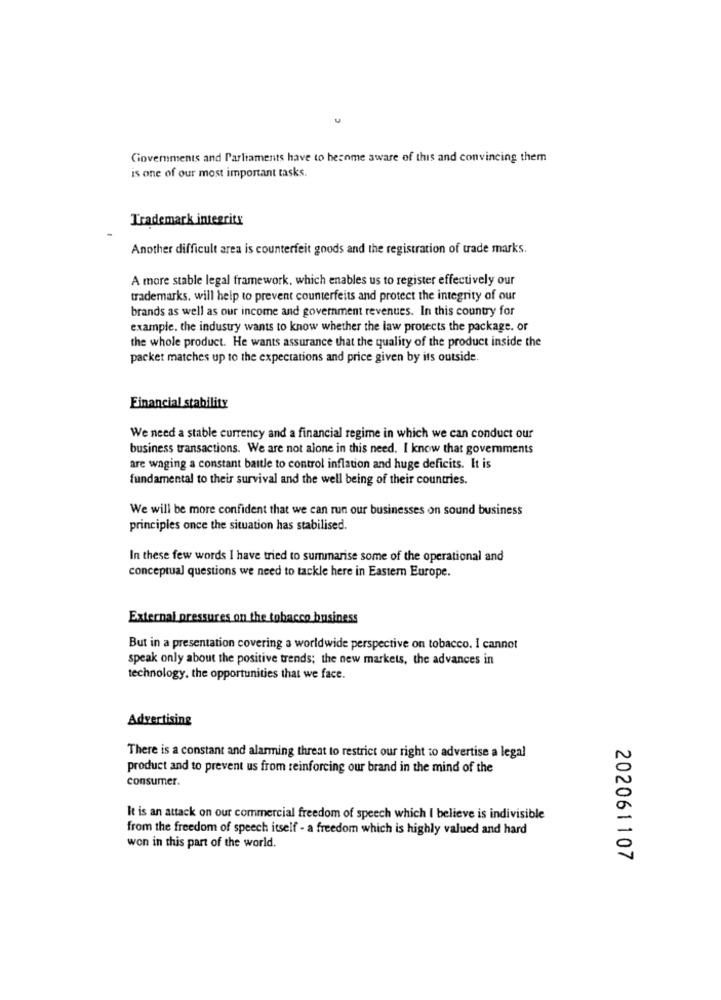
Governments and Parliaments have to become aware of this and convincing them
is one of our most important tasks.
Trademark integrity
Another difficult area is counterfeit goods and the registration of trade marks.
A more stable legal framework, which enables us to register effectively our
trademarks, will help to prevent counterfeits and protect the integrity of our
brands as well as our income and government revenues. In this country for
example, the industry wants to know whether the law protects the package. or
the whole product. He wants assurance that the quality of the product inside the
packet matches up to the expectations and price given by its outside.
Financial stability
We need a stable currency and a financial regime in which we can conduct our
business transactions. We are not alone in this need. I know that governments
are waging a constant battle to control inflation and huge deficits. It is
fundamental to their survival and the well being of their countries.
We will be more confident that we can run our businesses on sound business
principles once the situation has stabilised.
In these few words I have tried to summarise some of the operational and
conceptual questions we need to tackle here in Eastern Europe.
External pressures on the tobacco business
But in a presentation covering a worldwide perspective on tobacco. I cannot
speak only about the positive trends; the new markets, the advances in
technology, the opportunities that we face.
Advertising
There is a constant and alarming threat to restrict our right to advertise a legal
product and to prevent us from reinforcing our brand in the mind of the
consumer.
It is an attack on our commercial freedom of speech which I believe is indivisible
from the freedom of speech itself - a freedom which is highly valued and hard
won in this part of the world.
202061107